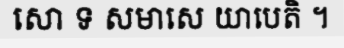
សោ ទ សមាសេ យាបេតិ ។